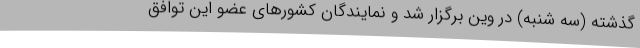
گذشته (سه شنبه) در وین برگزار شد و نمایندگان کشورهای عضو این توافق